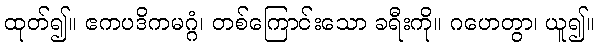
ထုတ်၍။ ဧကပဒိကမဂ္ဂံ၊ တစ်ကြောင်းသော ခရီးကို။ ဂဟေတွာ၊ ယူ၍။